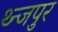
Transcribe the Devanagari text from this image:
थ्न्जपुर